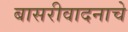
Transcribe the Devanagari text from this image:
बासरीवादनाचे